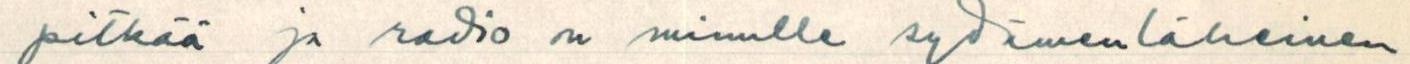
pitkää ja radio on minulle sydämenläheinen